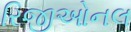
રિજીઓનલ